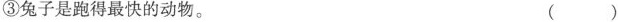
③兔子是跑得最快的动物。 ()